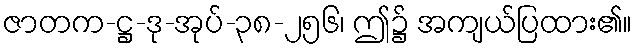
ဇာတက-ဋ္ဌ-ဒု-အုပ်-၃၈-၂၅၆၊ ဤ၌ အကျယ်ပြထား၏။